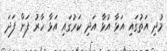
މުދި އަތުގައި އަޅާ އުޅާ އަދި ކަރުގައި އަޅާ ހާރު ފަށް ފަދަ